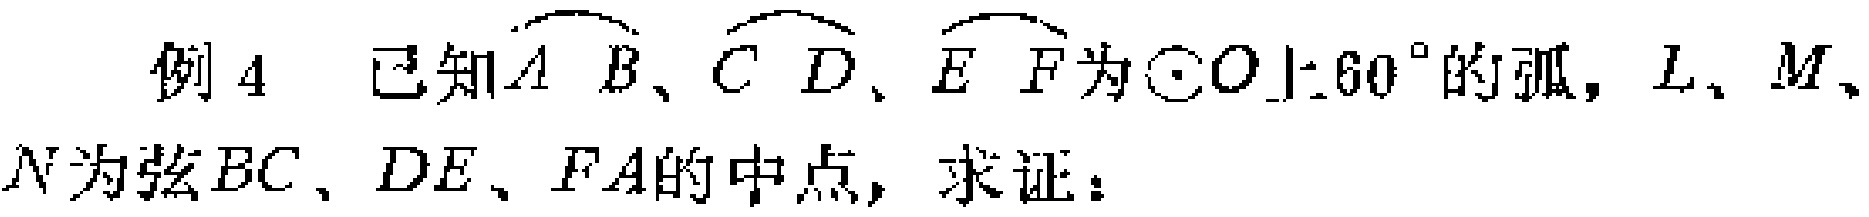
例 4 已知$\overset{\frown}{AB}$、$\overset{\frown}{CD}$、$\overset{\frown}{EF}$为$\odot O$上$60^{\circ}$的弧，$L$、$M$、$N$为弦$BC$、$DE$、$FA$的中点，求证：